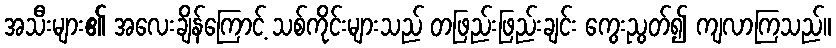
အသီးများ၏ အလေးချိန်ကြောင့် သစ်ကိုင်းများသည် တဖြည်းဖြည်းချင်း ကွေးညွတ်၍ ကျလာကြသည်။